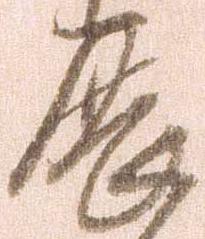
展